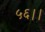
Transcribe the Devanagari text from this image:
५६।।